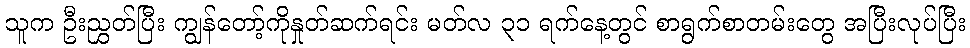
သူက ဦးညွှတ်ပြီး ကျွန်တော့်ကိုနှုတ်ဆက်ရင်း မတ်လ ၃၁ ရက်နေ့တွင် စာရွက်စာတမ်းတွေ အပြီးလုပ်ပြီး